Indian journal of veterinary science and animal husbandry - Volume 6,
Year: 1936
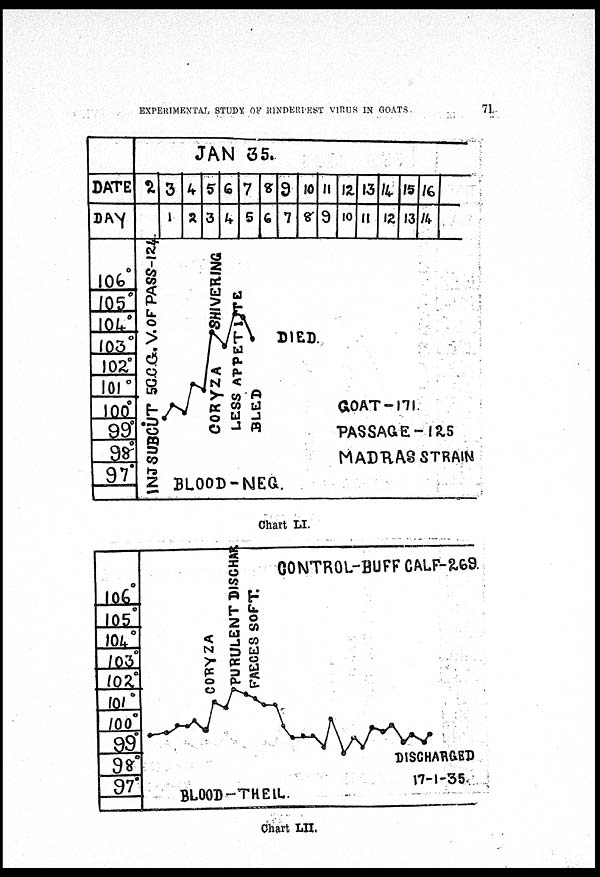
EXPERIMENTAL STUDY OF RINDERPEST VIRUS IN GOATS
71
Chart LI.
Chart LII.